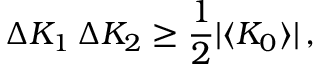
\Delta K _ { 1 } \, \Delta K _ { 2 } \geq \frac { 1 } { 2 } \vert \langle K _ { 0 } \rangle \vert \, ,